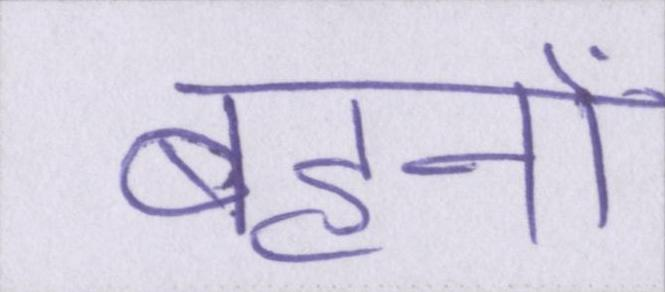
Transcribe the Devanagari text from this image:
बहनों